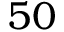
5 0